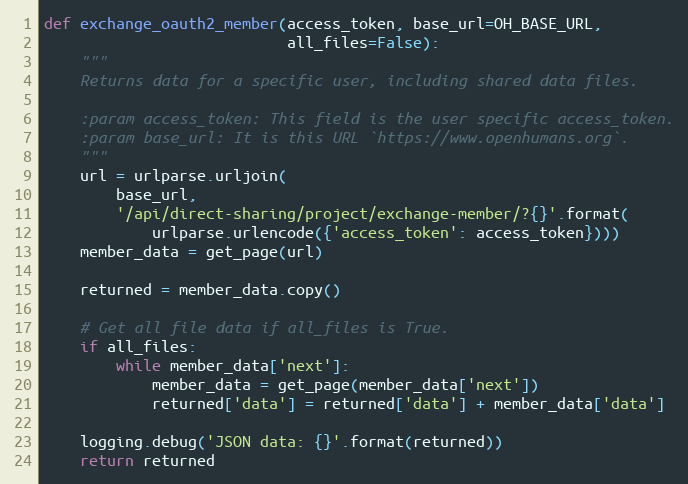
Language: Python
def exchange_oauth2_member(access_token, base_url=OH_BASE_URL,
                           all_files=False):
    """
    Returns data for a specific user, including shared data files.

    :param access_token: This field is the user specific access_token.
    :param base_url: It is this URL `https://www.openhumans.org`.
    """
    url = urlparse.urljoin(
        base_url,
        '/api/direct-sharing/project/exchange-member/?{}'.format(
            urlparse.urlencode({'access_token': access_token})))
    member_data = get_page(url)

    returned = member_data.copy()

    # Get all file data if all_files is True.
    if all_files:
        while member_data['next']:
            member_data = get_page(member_data['next'])
            returned['data'] = returned['data'] + member_data['data']

    logging.debug('JSON data: {}'.format(returned))
    return returned